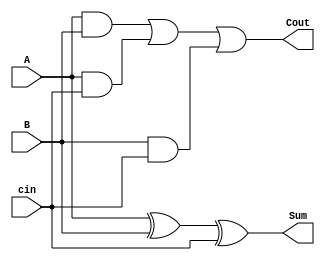
// Perform addition and substraction 

 module full_adder(cin, A, B, Sum, Cout);
  input A, B, cin;
  output Sum, Cout;
  assign Sum = A ^ B ^ cin;
  assign Cout = (A & B) | (A & cin) | (B & cin);
endmodule

module four_bit_adder(s, a0, a1, r, cout);
  input [3:0] a0, a1;
  input s;
  output [3:0] r;
  output cout;
  wire [3:1] carry;

 wire x1, x2, x3, x4;
 
 xor (x1, s, a1[0]);
 xor (x2, s, a1[1]);
 xor (x3, s, a1[2]);
 xor (x4, s, a1[3]);
 
  full_adder fa0(s, a0[0], x1, r[0], carry[1]);
  full_adder fa1(carry[1], a0[1], x2, r[1], carry[2]);
  full_adder fa2(carry[2], a0[2], x3, r[2], carry[3]);
  full_adder fa3(carry[3], a0[3], x4, r[3], cout);

endmodule

  module seven_segment_decoder (
  input [3:0] a,
  output [6:0] sw
);

assign sw[0]= ~a[3]& ~a[2] & ~a[1] & a[0] | ~a[3]& a[2] & ~a[1] & ~a[0] | a[3]& ~a[2] & a[1] & a[0] | a[3]& a[2] & ~a[1] & a[0];
assign sw[1]= ~a[3]& a[2] & ~a[1] & a[0] |  a[2] & a[1] & ~a[0] | a[3]& a[1] & a[0] | a[3]& a[2] & ~a[0];
assign sw[2]= ~a[3]& ~a[2] & a[1] & ~a[0] | a[3]& a[2] & a[1] | a[3]& a[2] & ~a[0]; 	
assign sw[3]=  (~a[3]& ~a[2] & ~a[1] & a[0]) | (~a[3]& a[2] & ~a[1] & ~a[0]) | (a[2] & a[1] & a[0]) | (a[3]& ~a[2] & a[1] & ~a[0]);
assign sw[4]= (~a[3]& ~a[2] & ~a[1] & a[0]) |( ~a[3]& ~a[2] & a[1] & a[0]) | (~a[3]& a[2] & ~a[1] & ~a[0] )| (~a[3]& a[2] & ~a[1] & a[0]) | (~a[3]& a[2] & a[1] & a[0]) | (a[3]& ~a[2] & ~a[1] & a[0]) ;
assign sw[5]= ~a[3]& ~a[2] & a[0] | ~a[3]& ~a[2] & a[1] | ~a[3]& a[1] & a[0] | a[3]& a[2] & ~a[1] & a[0];
assign sw[6]= ~a[3]& ~a[2] & ~a[1] | ~a[3]& a[2] & a[1] & a[0] | a[3]& a[2] & ~a[1] & ~a[0];

endmodule